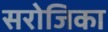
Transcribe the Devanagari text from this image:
सरोजिका